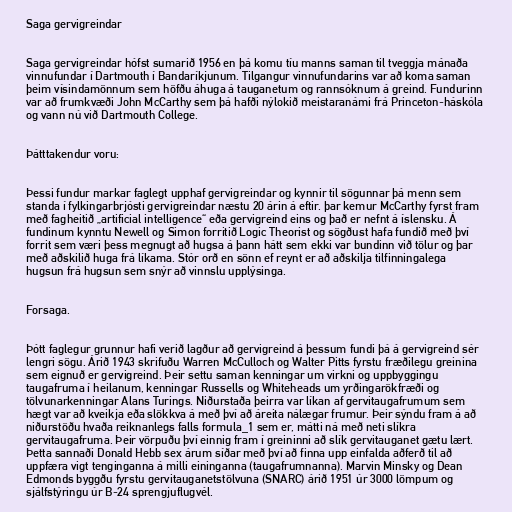
Saga gervigreindar

Saga gervigreindar hófst sumarið 1956 en þá komu tíu manns saman til tveggja mánaða
vinnufundar í Dartmouth í Bandaríkjunum. Tilgangur vinnufundarins var að koma saman
þeim vísindamönnum sem höfðu áhuga á tauganetum og rannsóknum á greind. Fundurinn
var að frumkvæði John McCarthy sem þá hafði nýlokið meistaranámi frá Princeton-háskóla
og vann nú við Dartmouth College.

Þátttakendur voru:

Þessi fundur markar faglegt upphaf gervigreindar og kynnir til sögunnar þá menn sem
standa í fylkingarbrjósti gervigreindar næstu 20 árin á eftir. þar kemur McCarthy fyrst fram
með fagheitið „artificial intelligence“ eða gervigreind eins og það er nefnt á íslensku. Á
fundinum kynntu Newell og Simon forritið Logic Theorist og sögðust hafa fundið með því
forrit sem væri þess megnugt að hugsa á þann hátt sem ekki var bundinn við tölur og þar
með aðskilið huga frá líkama. Stór orð en sönn ef reynt er að aðskilja tilfinningalega
hugsun frá hugsun sem snýr að vinnslu upplýsinga.

Forsaga.

Þótt faglegur grunnur hafi verið lagður að gervigreind á þessum fundi þá á gervigreind sér
lengri sögu. Árið 1943 skrifuðu Warren McCulloch og Walter Pitts fyrstu fræðilegu greinina
sem eignuð er gervigreind. Þeir settu saman kenningar um virkni og uppbyggingu
taugafruma í heilanum, kenningar Russells og Whiteheads um yrðingarökfræði og
tölvunarkenningar Alans Turings. Niðurstaða þeirra var líkan af gervitaugafrumum sem
hægt var að kveikja eða slökkva á með því að áreita nálægar frumur. Þeir sýndu fram á að
niðurstöðu hvaða reiknanlegs falls formula_1 sem er, mátti ná með neti slíkra
gervitaugafruma. Þeir vörpuðu því einnig fram í greininni að slík gervitauganet gætu lært.
Þetta sannaði Donald Hebb sex árum síðar með því að finna upp einfalda aðferð til að
uppfæra vigt tenginganna á milli eininganna (taugafrumnanna). Marvin Minsky og Dean
Edmonds byggðu fyrstu gervitauganetstölvuna (SNARC) árið 1951 úr 3000 lömpum og
sjálfstýringu úr B-24 sprengjuflugvél.